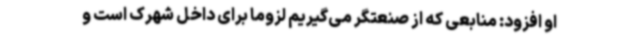
او افزود: منابعی که از صنعتگر می‌گیریم لزوما برای داخل شهرک است و